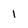
Character: 1